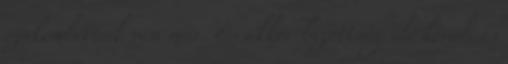
szakemberünk van már. És akkor bizottság elé kerül, és